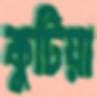
কুটিয়া